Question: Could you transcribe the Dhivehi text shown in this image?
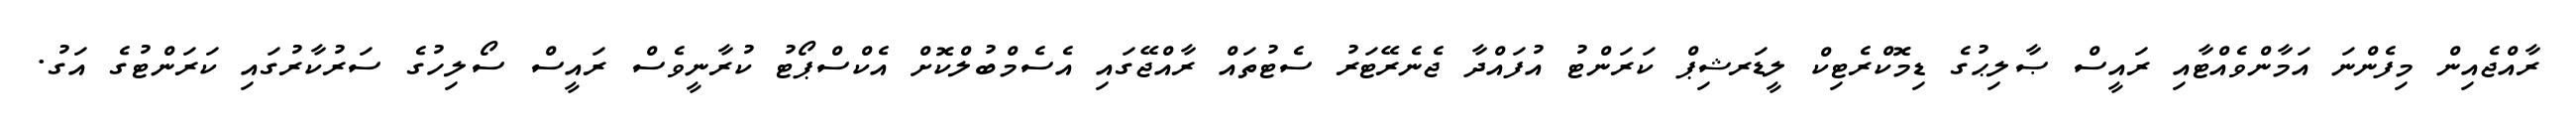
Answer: ރާއްޖެއިން މިފެންނަ އަމާންވެއްޓާއި ރައީސް ޞާލިޙުގެ ޑިމޮކްރެޓިކް ލީޑަރޝިޕް ކަރަންޓު އުފައްދާ ޖެނެރޭޓަރު ސެޓުތައް ރާއްޖޭގައި އެސެމްބުލްކޮށް އެކްސްޕޯޓު ކުރާނީވެސް ރައީސް ސޯލިހުގެ ސަރުކާރުގައި ކަރަންޓުގެ އަގު.